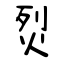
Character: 烮